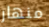
منهار